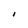
Character: I